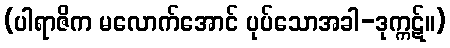
(ပါရာဇိက မလောက်အောင် ပုပ်သောအခါ-ဒုက္ကဋ်။)